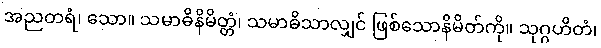
အညတရံ၊ သော။ သမာဓိနိမိတ္တံ၊ သမာဓိသာလျှင် ဖြစ်သောနိမိတ်ကို။ သုဂ္ဂဟိတံ၊